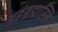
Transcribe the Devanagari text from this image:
अहंब्रह्यास्मि